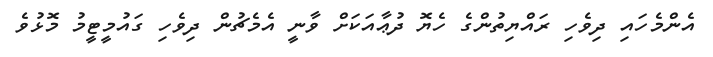
އެންމެހައި ދިވެހި ރައްޔިތުންގެ ހެޔޮ ދުޢާއަކަށް ވާނީ އެމެޗުން ދިވެހި ގައުމީޓީމު މޮޅުވެ